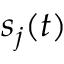
s _ { j } ( t )